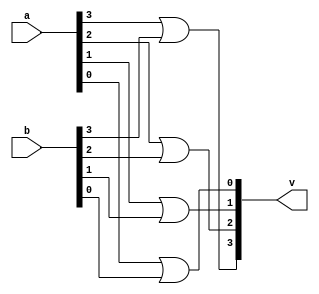
module or_opration(v,a,b);
input [0:3]a;	
input [0:3]b;
output[0:3]v;
or(v[0],a[0],b[0]);
or(v[1],a[1],b[1]);
or(v[2],a[2],b[2]);
or(v[3],a[3],b[3]);
endmodule